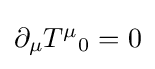
{\textstyle \partial _{\mu }T^{\mu }{}_{0}=0}